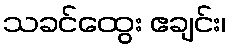
သခင်ထွေး ဧချင်း၊